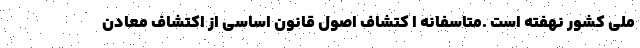
ملی کشور نهفته است .متاسفانه ا کتشاف اصول قانون اساسی از اکتشاف معادن